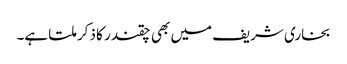
بخاری شریف میں بھی چقندر کا ذکر ملتا ہے۔